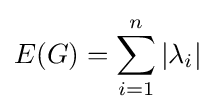
E(G)=\sum _{i=1}^{n}|\lambda _{i}|